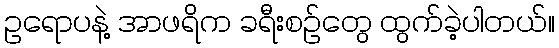
ဥရောပနဲ့ အာဖရိက ခရီးစဉ်တွေ ထွက်ခဲ့ပါတယ်။